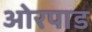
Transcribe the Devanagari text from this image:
ओरपाड